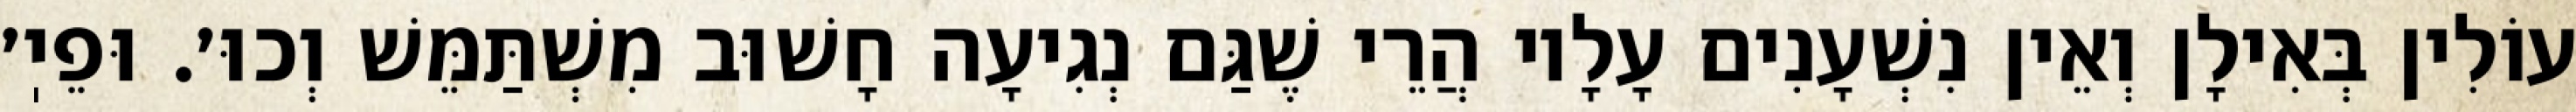
עוֹלִין בְּאִילָן וְאֵין נִשְׁעָנִים עָלָיו הֲרֵי שֶׁגַּם נְגִיעָה חָשׁוּב מִשְׁתַּמֵּשׁ וְכוּ׳. וּפֵיֽ׳